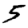
Digit: 5